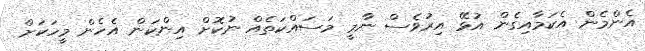
އެންމެން އެކަމާއިގެން އުޅޭ އިރުވެސް ނާމީ މަސައްކަތެއް ނުކޮށް އިންކަން އެހެން މީހަކަށް